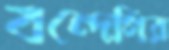
বন্দেগির